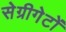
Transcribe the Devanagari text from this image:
सेग्रीगेटों